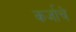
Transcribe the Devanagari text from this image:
कर्जाचे